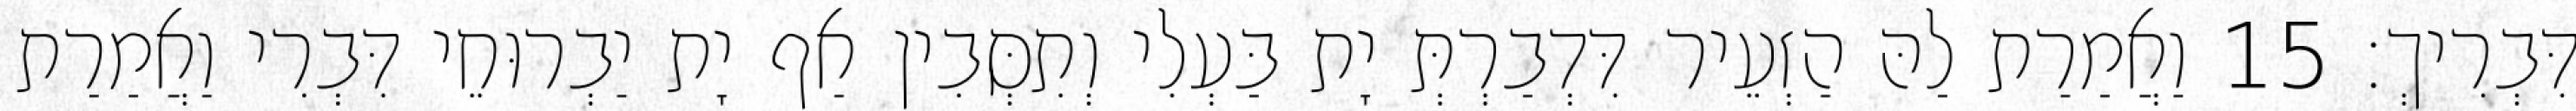
דִּבְרִיךְ׃ 15 וַאֲמַרַת לַהּ הַזְעֵיר דִּדְבַרְתְּ יָת בַּעְלִי וְתִסְּבִין אַף יָת יַבְרוּחֵי דִּבְרִי וַאֲמַרַת